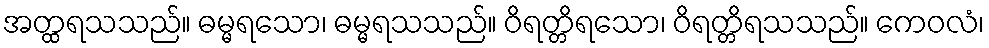
အတ္ထရသသည်။ ဓမ္မရသော၊ ဓမ္မရသသည်။ ဝိရတ္တိရသော၊ ဝိရတ္တိရသသည်။ ကေဝလံ၊